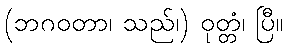
(ဘဂဝတာ၊ သည်၊) ဝုတ္တံ၊ ပြီ။